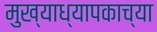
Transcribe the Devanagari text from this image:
मुख्याध्यापकाच्या